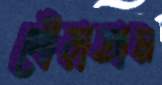
গোঁড়াতাম